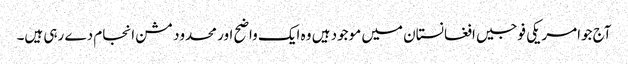
آج جوامریکی فوجیں افغانستان میں موجود ہیں وہ ایک واضح اور محدود مشن انجام دے رہی ہیں۔